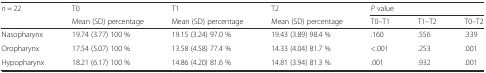
| <ROWSPAN=2> n = 22 | T0 | T1 | T2 | <COLSPAN=3> P value |
 | Mean (SD) percentage | Mean (SD) percentage | Mean (SD) percentage | T0–T1 | T1–T2 | T0–T2 |
 | --- | --- | --- | --- | --- | --- | --- |
 | Nasopharynx | 19.74 (3.77) 100 % | 19.15 (3.24) 97.0 % | 19.43 (3.89) 98.4 % | .160 | .556 | .339 |
 | Oropharynx | 17.54 (5.07) 100 % | 13.58 (4.58) 77.4 % | 14.33 (4.04) 81.7 % | <.001 | .253 | .001 |
 | Hypopharynx | 18.21 (6.17) 100 % | 14.86 (4.20) 81.6 % | 14.81 (3.94) 81.3 % | .001 | .932 | .001 |